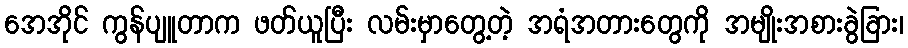
အေအိုင် ကွန်ပျူတာက ဖတ်ယူပြီး လမ်းမှာတွေ့တဲ့ အရံအတားတွေကို အမျိုးအစားခွဲခြား၊